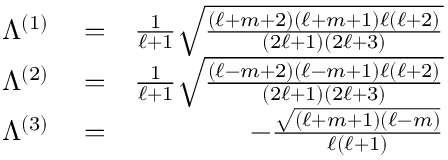
\begin{array} { r l r } { \Lambda ^ { ( 1 ) } } & { { } = } & { \frac 1 { \ell + 1 } \sqrt { \frac { ( \ell + m + 2 ) ( \ell + m + 1 ) \ell ( \ell + 2 ) } { ( 2 \ell + 1 ) ( 2 \ell + 3 ) } } } \\ { \Lambda ^ { ( 2 ) } } & { { } = } & { \frac 1 { \ell + 1 } \sqrt { \frac { ( \ell - m + 2 ) ( \ell - m + 1 ) \ell ( \ell + 2 ) } { ( 2 \ell + 1 ) ( 2 \ell + 3 ) } } } \\ { \Lambda ^ { ( 3 ) } } & { { } = } & { - \frac { \sqrt { ( \ell + m + 1 ) ( \ell - m ) } } { \ell ( \ell + 1 ) } } \end{array}